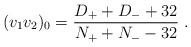
LaTeX: \begin{align*}(v_1v_2)_{{0}} = \frac{D_+ + D_- +32}{N_+ + N_- - 32} \ .\end{align*}